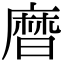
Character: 𪎗